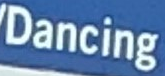
Dancing